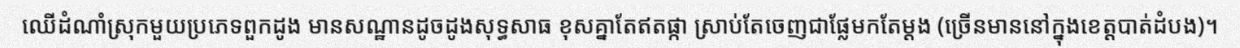
ឈើដំណាំស្រុកមួយប្រភេទពួកដូង មានសណ្ឋានដូចដូងសុទ្ធសាធ ខុសគ្នាតែឥតផ្កា ស្រាប់តែចេញជាផ្លែមកតែម្តង (ច្រើនមាននៅក្នុងខេត្តបាត់ដំបង)។